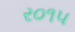
ર૦૧૫